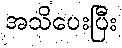
အသိပေးပြီး